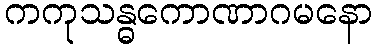
ကကုသန္ဓကောဏာဂမနော